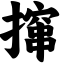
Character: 撺